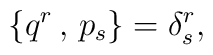
\{ q^r\,,\,p_s \} = \delta^r_s ,